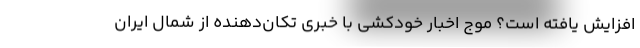
افزایش یافته است؟ موج اخبار خودکشی با خبری تکان‌دهنده از شمال ایران